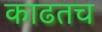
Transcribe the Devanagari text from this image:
काढतच